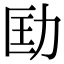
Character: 劻